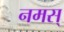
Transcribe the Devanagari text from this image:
नमस्